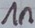
Text: 1n